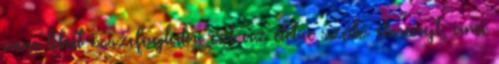
nem lehet összefoglalni ezt az életre szóló élményt, ami